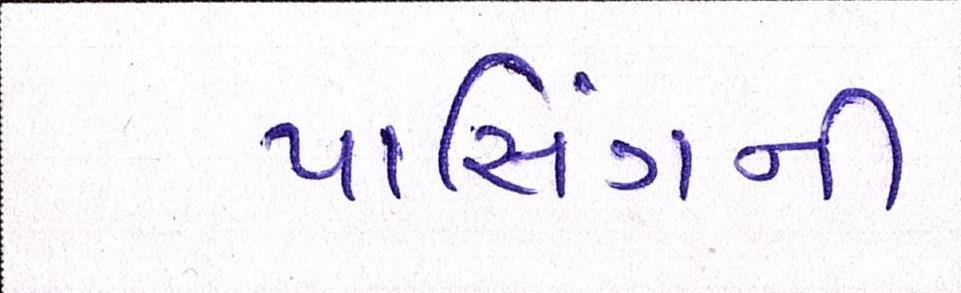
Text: પાસિંગની